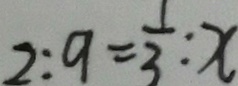
2 : 9 = \frac { 1 } { 3 } : x